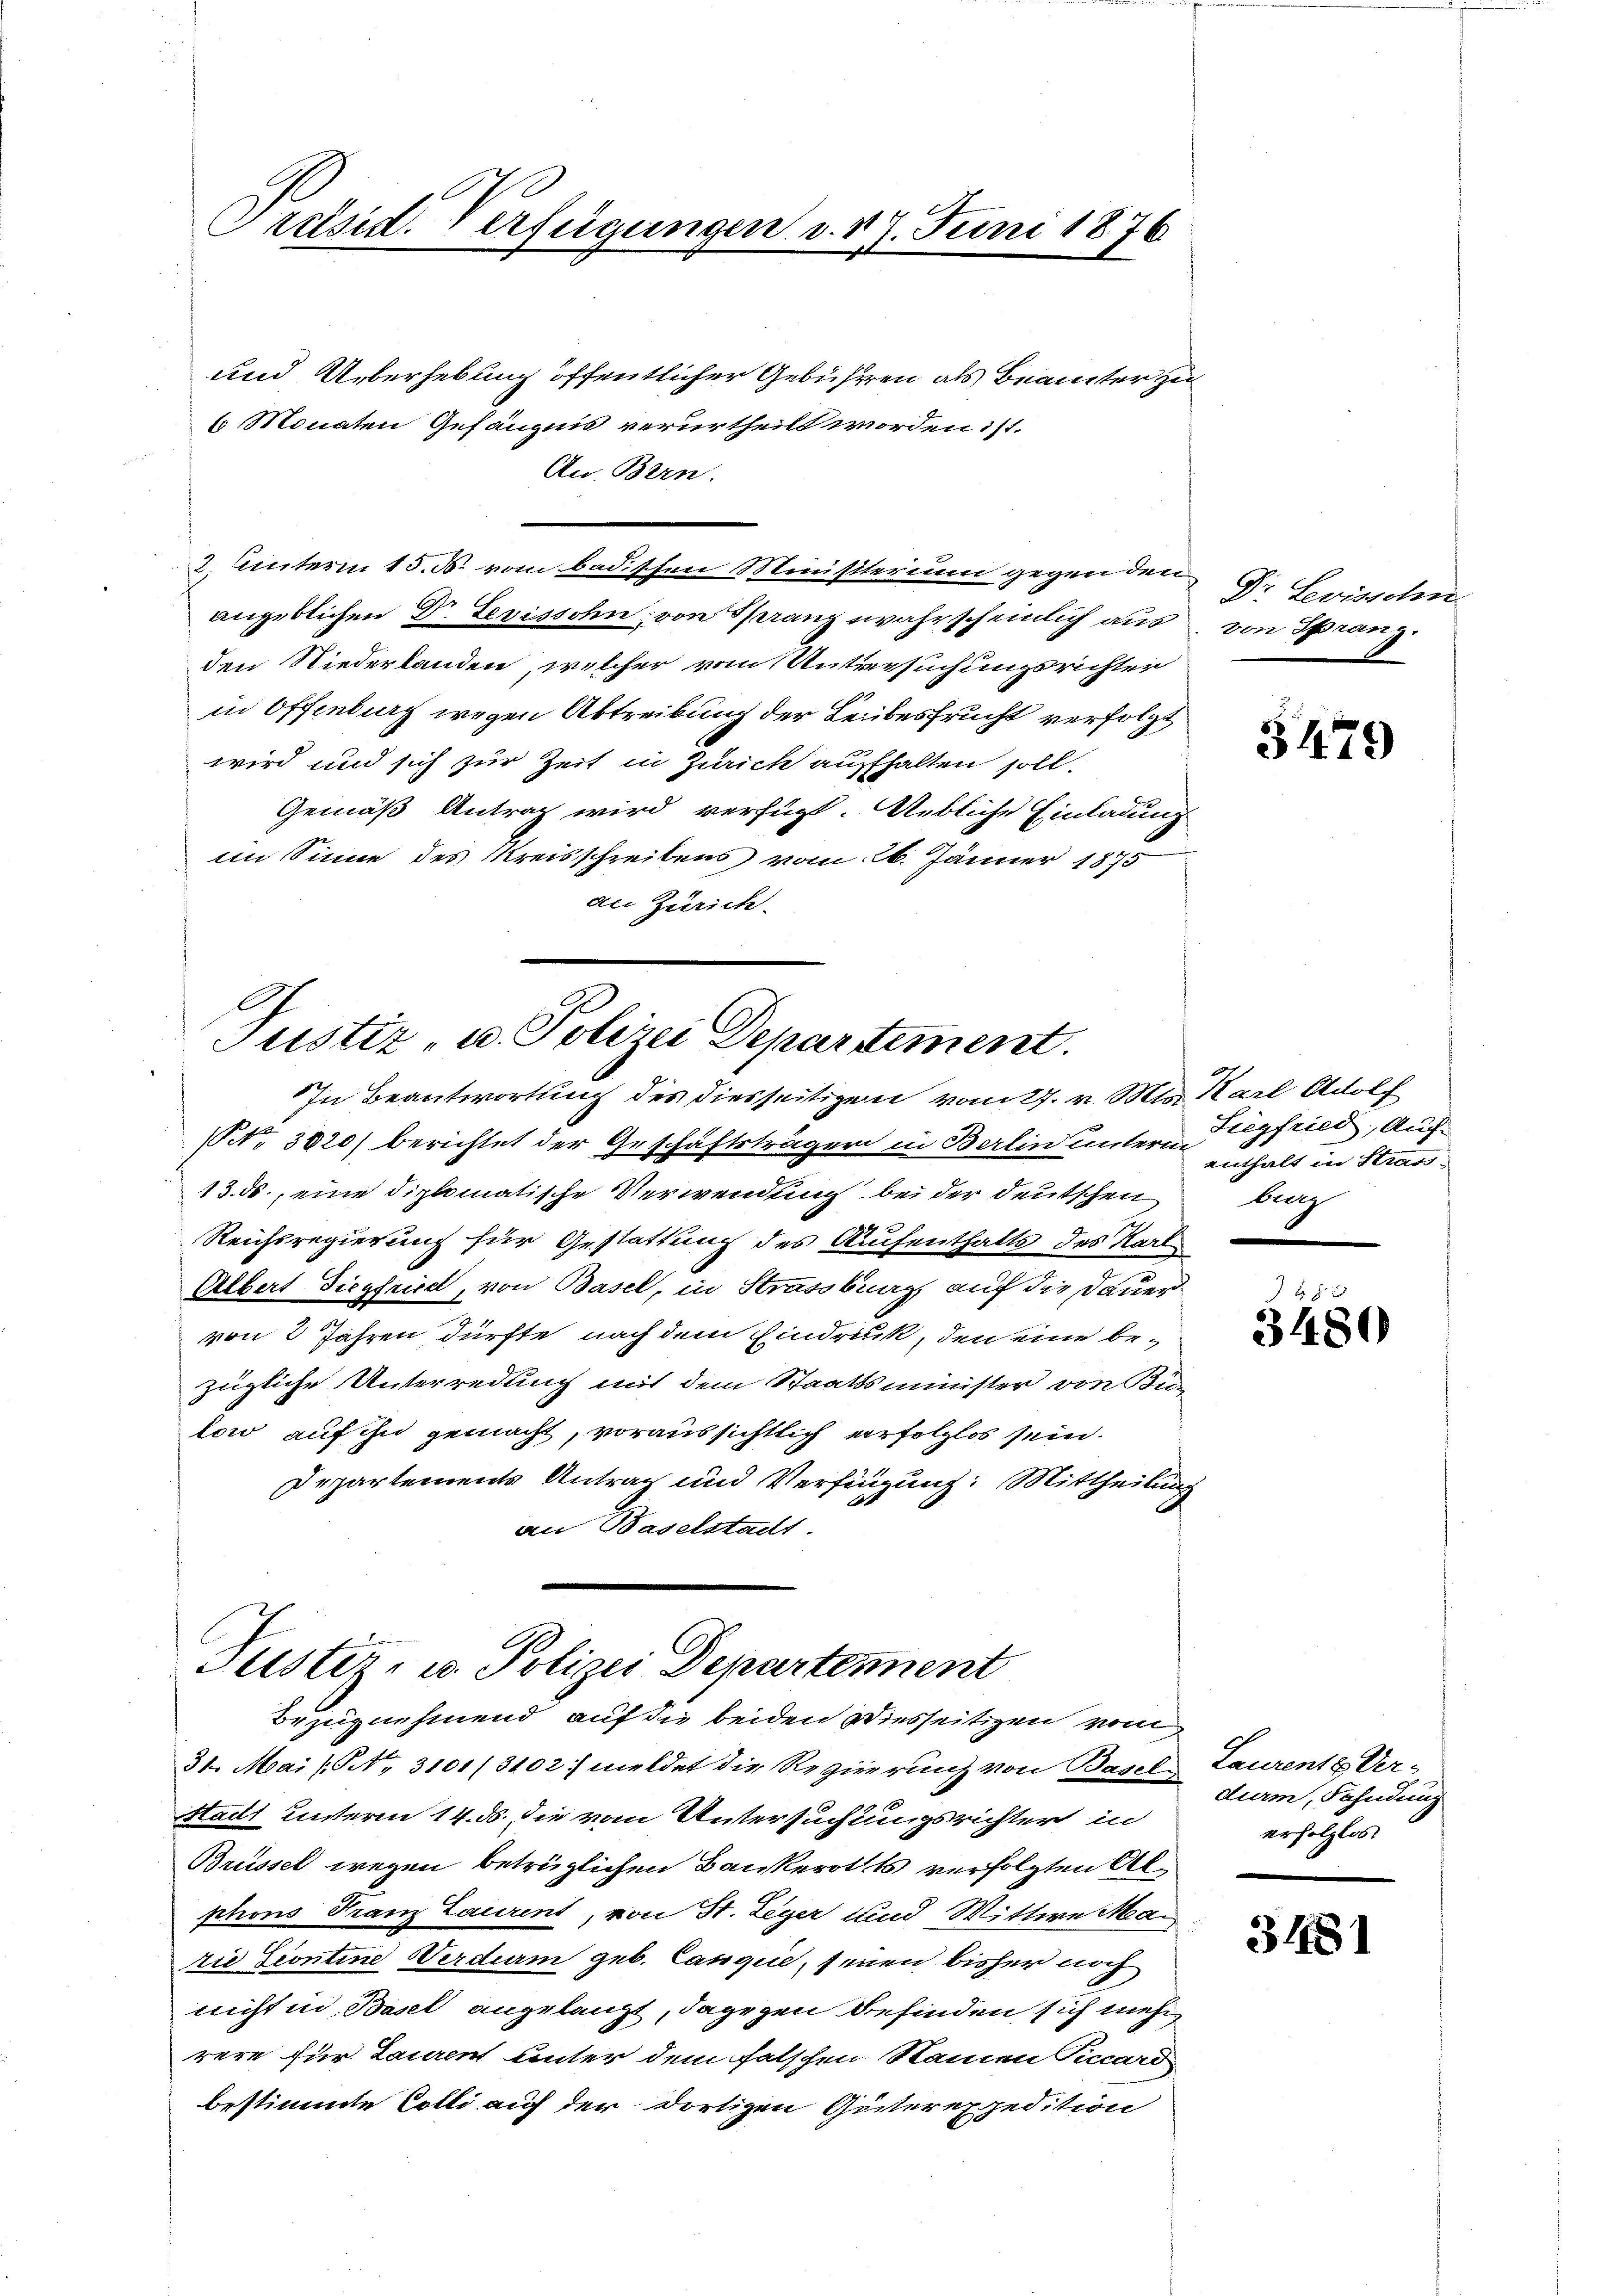
Prehsid. Verfügungen v. 17. Juni 1876

(NNo. 3020) berichtet der Geschäftsträgern in Berlin untern unhalt in Strass
13. ds., eine diplomatische Verwendung bei der deutschen Ba
Reichsregierung für Gestattung des Aufenthalts des Karl
n
Albert Siegfried, von Basel, in Strassburg, auf die Dauer
von 2 Jahren dürfte, nach dem Eindruck, den eine be-
zügliche Unterredung mit dem Staatsminister von Bun
low auf ihn gemacht, voraussichtlich erfolglos sein.
Departements Antrag und Verfügung: Mittheilung
an Baselstadt.

Justiz- u. Polizei Departement.
In Beantwortung des diesseitigen vom 27. v. Mts. Karl Adolf

Justiz- u. Polizei Departement
Bezugnehmend, auf die beiden Diesseitigen vom

und Ueberhebung öffentlicher Gebühren als Beamter zu
6 Monaten Gefängnis verurtheilt worden ist.
An Bern.
2. Unterin 15. d. vom badischen Ministerium gegen den
angeblichen Dr. Levissohn, von Franz wahrscheinlich aus, von Spranz.
den Niederlanden, welcher vom Untersuchungsrichten
in Offenburg wegen Abtreibung der Leibesfrucht verfolgt
wird und sich zur Zeit in Zürich aufhalten soll.
Gemäß Antrag wird verfügt. Uebliche Einladung
im Sinne des Kreisschreibens vom 26. Jänner 1875
an Zürich.

31. Mai (NNo. 3101/3102) meldet die Regierung von Basel-Laurent & Ver¬
Stadt unterm 14. ds. die vom Untersuchungsrichter in
Brüssel wegen betrüglichen Bankerotts verfolgten Alphons Franz Laurent, von St. Leger und Mittwe Mai
zie Scontine Verdum geb. Canguie, seien bisher noch
nicht in Basel angelangt, dagegen befinden sich mehr
rere für Laurent unter dem falschen Namen Ficcard
bestimmte Colli auf der dortigen Güterexpedition

Dr. Levisschn

3479

Siegfried, Auf¬

28 x
3480

durm, Fahndung
erholzlos

3481